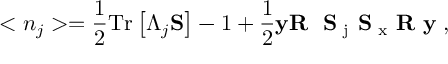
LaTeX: < n _ { j } > = \frac 1 2 \mathrm { T } \mathrm { r } \left[ \Lambda _ { j } { \bf S } \right] - 1 + \frac 1 2 { \bf y } { \bf R } \mathrm { ~ { \bf ~ S } \Lambda _ { j } { \bf ~ S } \Sigma _ { x } { \bf ~ R } { \bf ~ y } ~ } ,